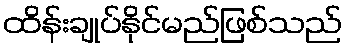
ထိန်းချုပ်နိုင်မည်ဖြစ်သည်